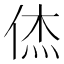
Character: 𮯼